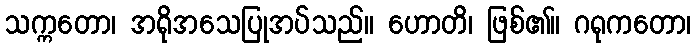
သက္ကတော၊ အရိုအသေပြုအပ်သည်။ ဟောတိ၊ ဖြစ်၏။ ဂရုကတော၊